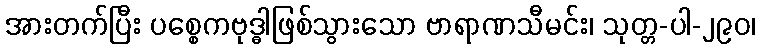
အားတက်ပြီး ပစ္စေကဗုဒ္ဓါဖြစ်သွားသော ဗာရာဏသီမင်း၊ သုတ္တ-ပါ-၂၉၀၊